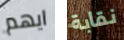
ايهم نقابة